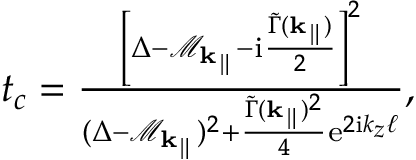
\begin{array} { r } { t _ { c } = \frac { \left[ \Delta - \mathcal { M } _ { \mathbf { k } _ { \parallel } } - \mathrm { i } \frac { \widetilde \Gamma ( { \mathbf { k } _ { \parallel } } ) } { 2 } \right] ^ { 2 } } { ( \Delta - \mathcal { M } _ { \mathbf { k } _ { \parallel } } ) ^ { 2 } + \frac { \widetilde \Gamma ( { \mathbf { k } _ { \parallel } } ) ^ { 2 } } { 4 } \mathrm { e } ^ { 2 \mathrm { i } k _ { z } \ell } } , } \end{array}